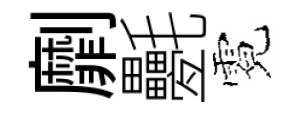
劘氎霓